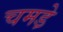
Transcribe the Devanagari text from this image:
चमडे़